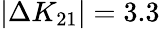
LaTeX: |\Delta K_{21}|=3.3